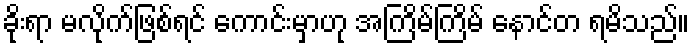
ခိုးရာ မလိုက်ဖြစ်ရင် ကောင်းမှာဟု အကြိမ်ကြိမ် နောင်တ ရမိသည်။